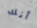
أنك